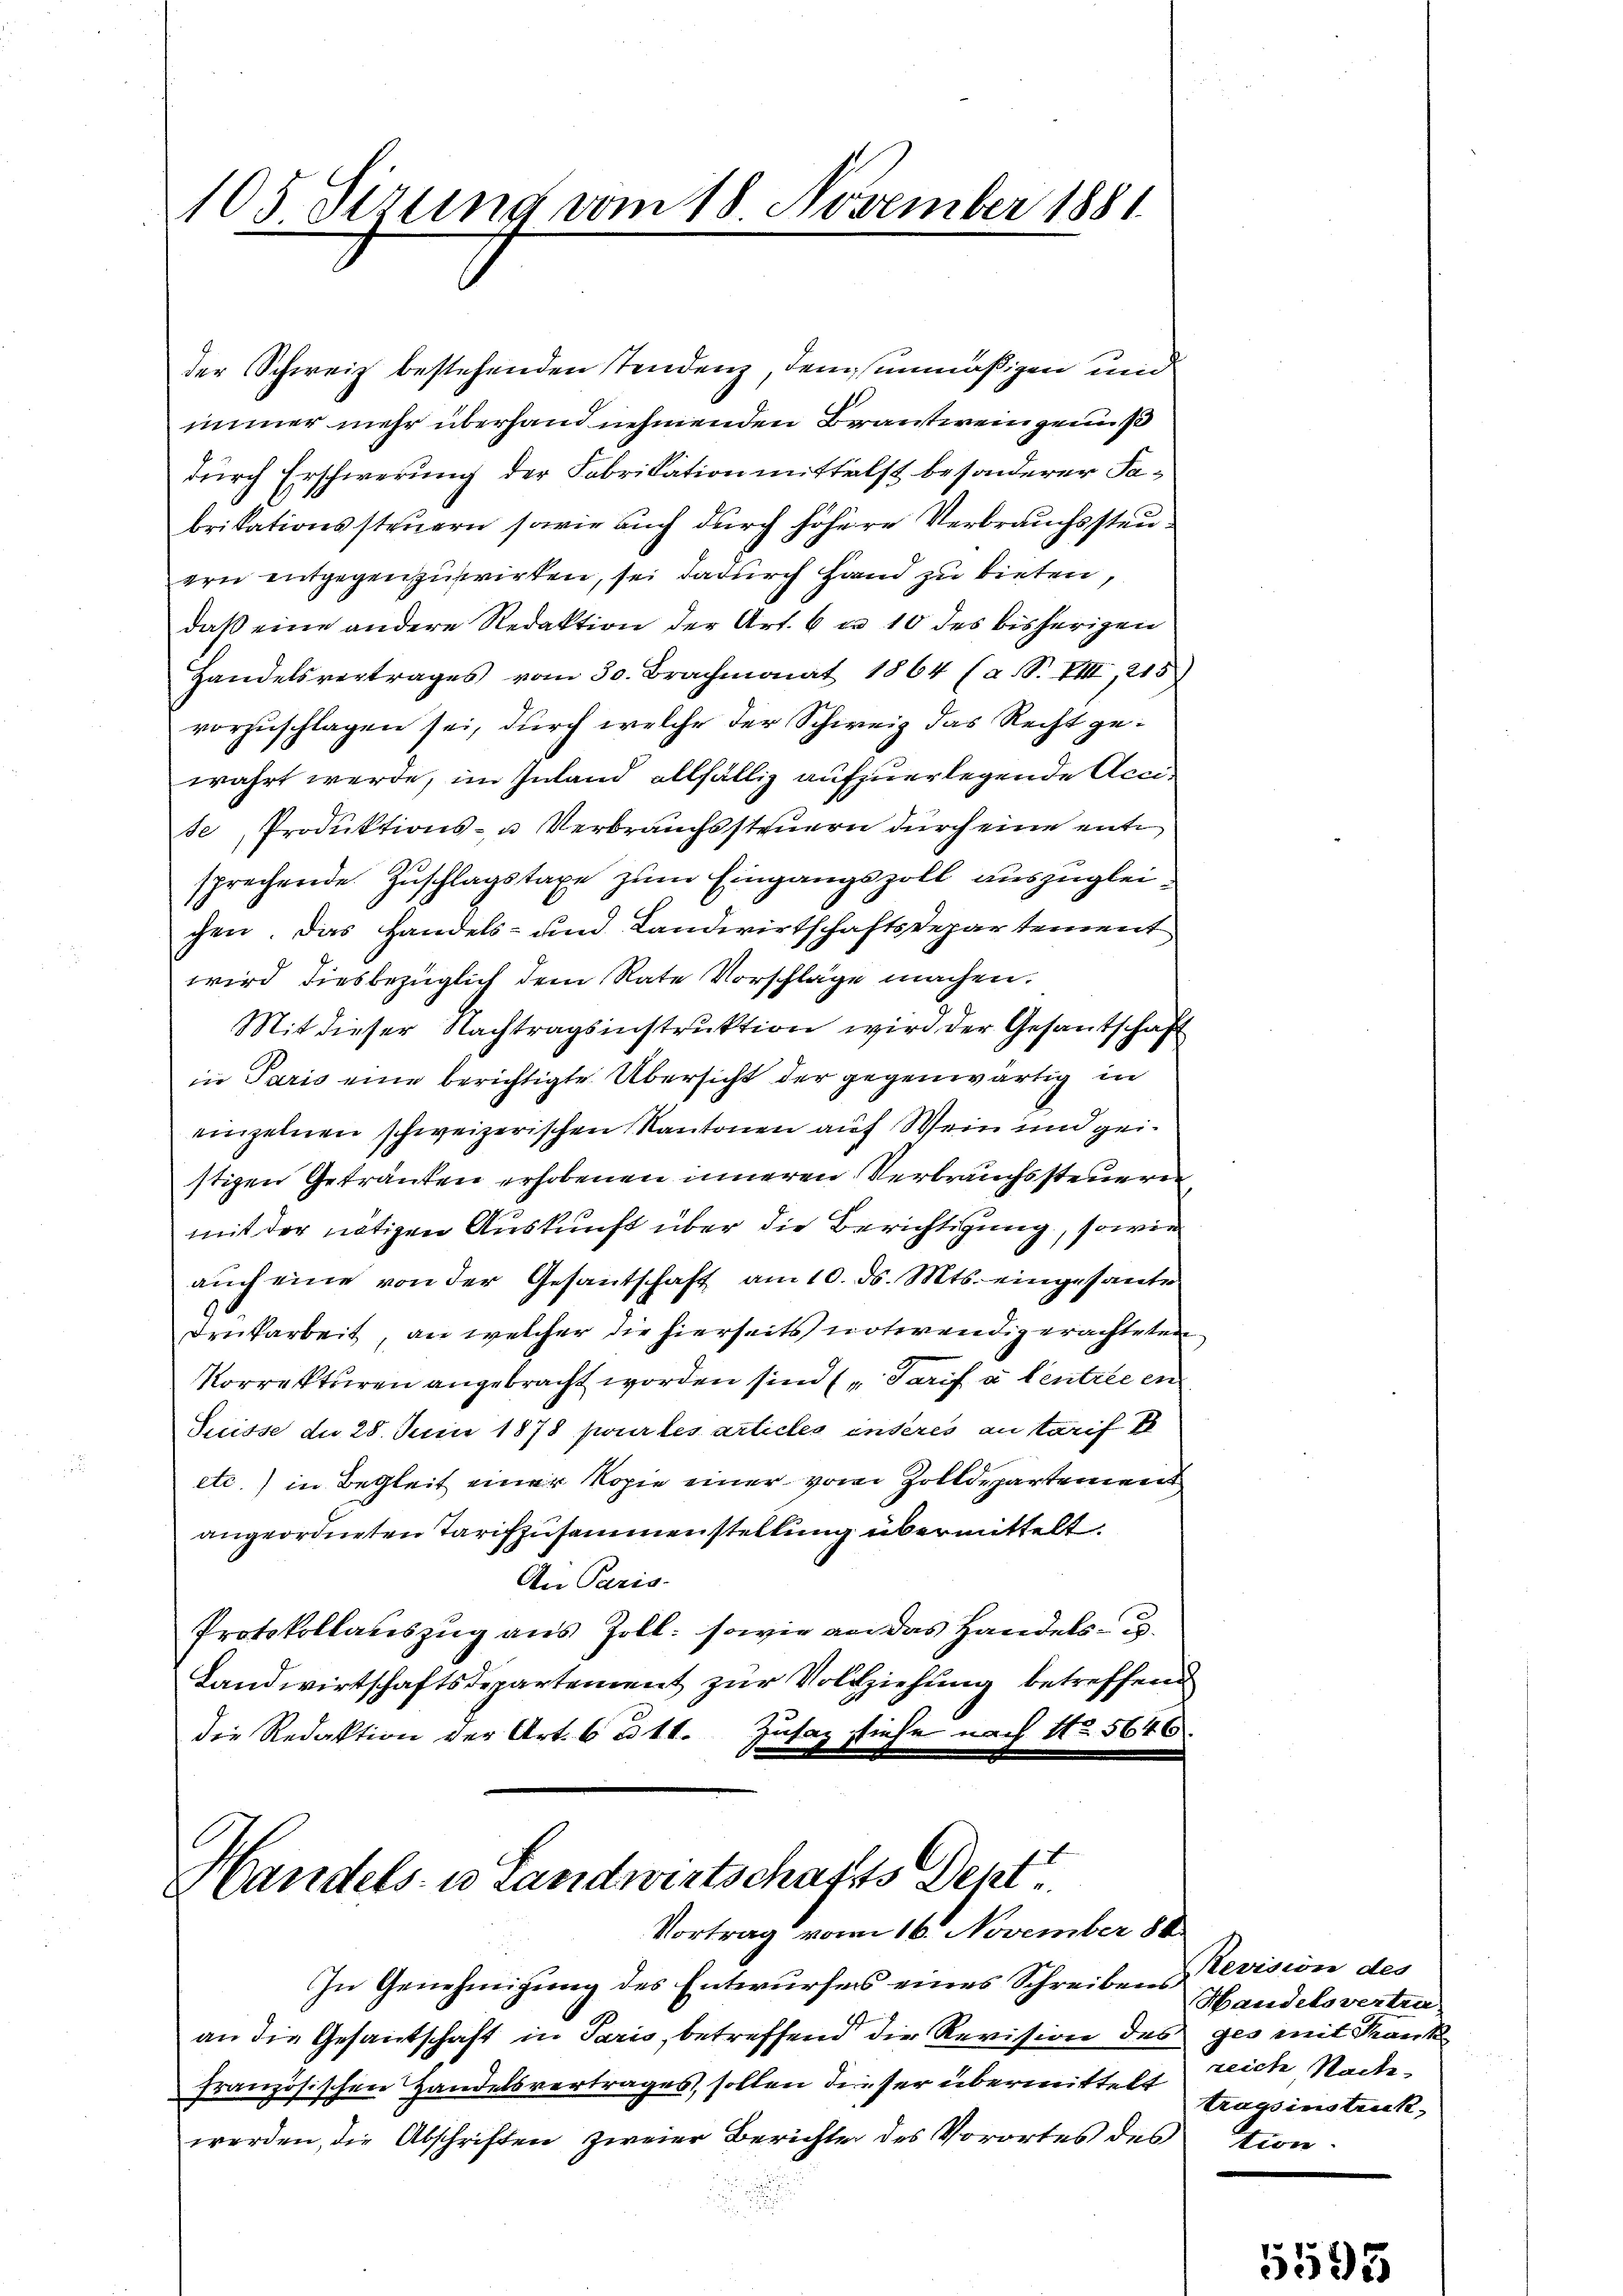
105 Sizung vom 18. November 1881

der Schweiz bestehenden Tendenz, dem unmäßigen und
immer mehr überhand nehmenden Brantwein genuß
durch Erschwerung der Fabrikation mittelst besonderer Tabrikationssteuern sowie auch durch höhere Verbrauchssteuern entgegenzuswirken, sei dadurch Hand zu bieten,
daß eine andere Redaktion der Art. 6 ca 10 des bisherigen
Handelsvertrages vom 30. Brachmonat 1864 (a. S. VIII, 215.
vorzuschlagen sei, durch welche der Schweiz das Recht gewahrt werde, im Inland allfällig aufzuerlegende Accite Produktions- u Verbrauchssteuern durch eine entsprechende Zuschlagstaxe zum Eingangszoll auszugleichen. Das Handels- und Landwirtschaftsdepartement
wird diesbezüglich dem Rate Vorschläge machen.
Mit dieser Nachtragsinstruktion wird der Gesantschaft
in Paris eine berichtigte Übersicht der gegenwärtig in
einzelnen schweizerischen Kantonen auf Wein und geistigen Getränken erhobenen inneren Verbrauchssteuern
mit der nötigen Auskunft über die Berichtigung, sowie
auch eine von der Gesantschaft am 10. ds. Mts. eingesante
Druckarbeit, an welcher die hierseits notwendig erachteten
Korrekturen angebracht worden sind (Tarif à Centrée en
Suisse der 28. Juni 1878 pour les articles inderes an tarif d
etc.) in Begleit einer Kopie einer von Zolldepartement
angeordneten Tarifzusammenstellung übermittelt.
An Paris-
Protokollateszug aus Zoll: sowie an das Handels- u.
Landwirtschaftsdepartement zur Vollziehung betreffend
die Redaktion der Art. 6 n 11. Zusaz siehe nach No. 5646.

Handels- u Landwirtschafts Dept.
Vortrag vom 16. November 188.

In Genehmigung des Entwurfes eines Schreiben Revision des
an die Gesandschaft in Paris, betreffend die Revision de
französischen Handelsvertrages, sollen dieser übermittelt
werden, die Abschriften zweier Berichte des Vorortes des

Handelsvertra-
6 ges mit Krank
reich Sache
tragsinstreck
3tion.

p
2